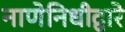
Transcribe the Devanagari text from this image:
नाणेनिधीद्वारे